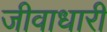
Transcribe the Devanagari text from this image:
जीवाधारी